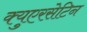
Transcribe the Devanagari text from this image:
क्युएरसेटिन